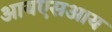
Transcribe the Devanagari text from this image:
आयएसआय